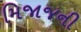
મિજાજની